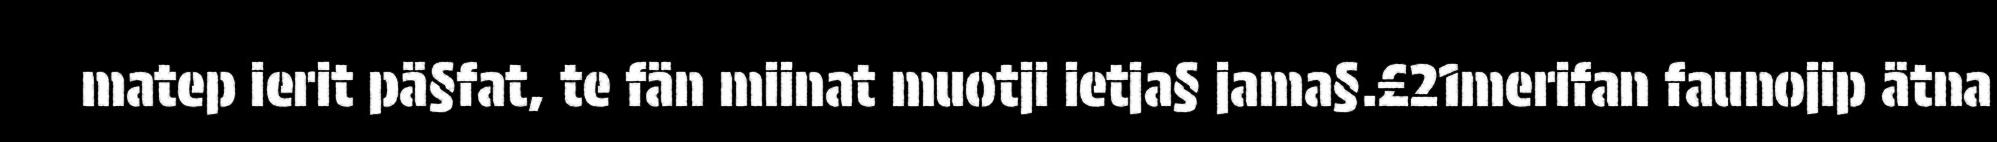
matep ierit pä§fat, te fän miinat muotji ietja§ jama§.£21merifan faunojip ätna